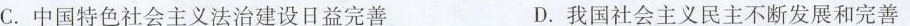
C. 中国特色社会主义法治建设日益完善 D. 我国社会主义民主不断发展和完善